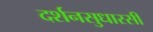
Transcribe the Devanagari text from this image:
दर्शनसुधारसी